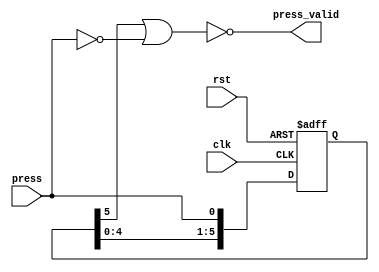
module debounce_ctl (clk, rst, press, press_valid);
	input press, clk, rst;
	output press_valid;
	reg [5:0] gg;
	assign press_valid = ~(gg[5] || (~press));
	always@(posedge clk or posedge rst) begin
	if(rst)
		gg <= 6'b0;
	else
		gg <= {gg[4:0], press};
	end
endmodule